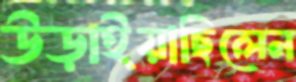
উড়াইয়াছিলেন